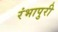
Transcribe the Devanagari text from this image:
रंभापुरी